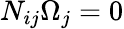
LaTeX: N_{ij}\Omega_{j}=0